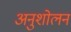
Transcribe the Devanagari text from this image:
अनुशोलन